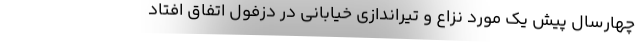
چهارسال پیش یک مورد نزاع و تیراندازی خیابانی در دزفول اتفاق افتاد